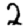
Digit: 2